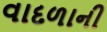
વાદળાની